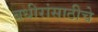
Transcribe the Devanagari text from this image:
बधीरांसाठीचे